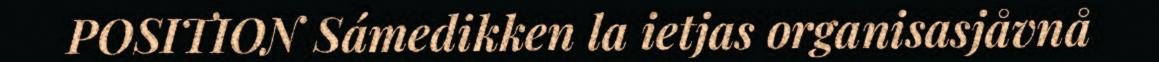
POSITION Sámedikken la ietjas organisasjåvnå